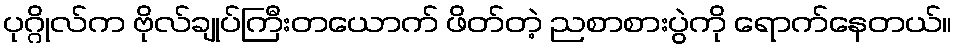
ပုဂ္ဂိုလ်က ဗိုလ်ချုပ်ကြီးတယောက် ဖိတ်တဲ့ ညစာစားပွဲကို ရောက်နေတယ်။